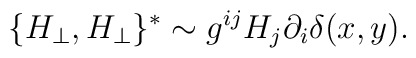
\{ H_{\perp}, H_{\perp} \}^{*} \sim g^{i j} H_j \partial_i \delta(x,y) .